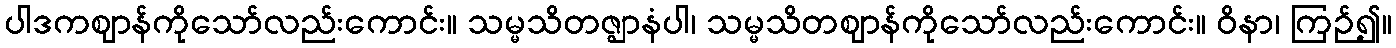
ပါဒကဈာန်ကိုသော်လည်းကောင်း။ သမ္မသိတဇ္ဈာနံပါ၊ သမ္မသိတဈာန်ကိုသော်လည်းကောင်း။ ဝိနာ၊ ကြဉ်၍။